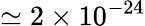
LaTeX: \simeq 2\times 10^{-24}